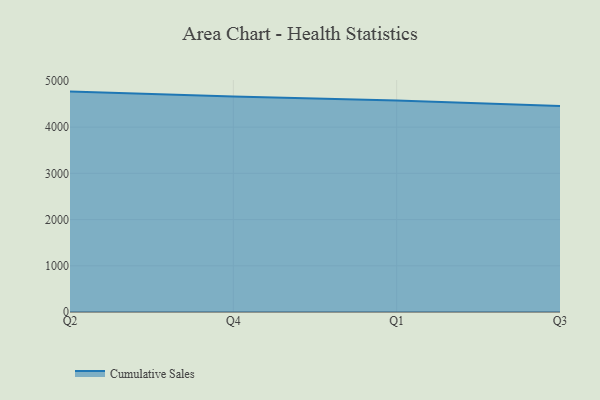
{"axis": {"x": "Quarter", "y": "Revenue (USD Million)"}, "legend": ["Cumulative Sales"], "data": [{"x": "Q2", "y": 4768.4, "type": "Cumulative Sales"}, {"x": "Q4", "y": 4661.7, "type": "Cumulative Sales"}, {"x": "Q1", "y": 4574.5, "type": "Cumulative Sales"}, {"x": "Q3", "y": 4457.7, "type": "Cumulative Sales"}]}